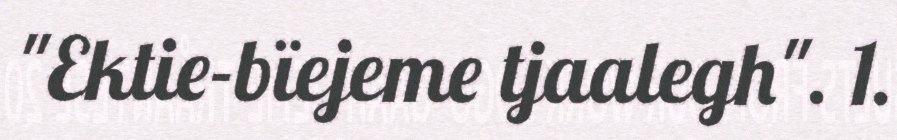
"Ektie-bïejeme tjaalegh". 1.